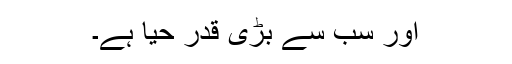
اور سب سے بڑی قدر حیا ہے۔